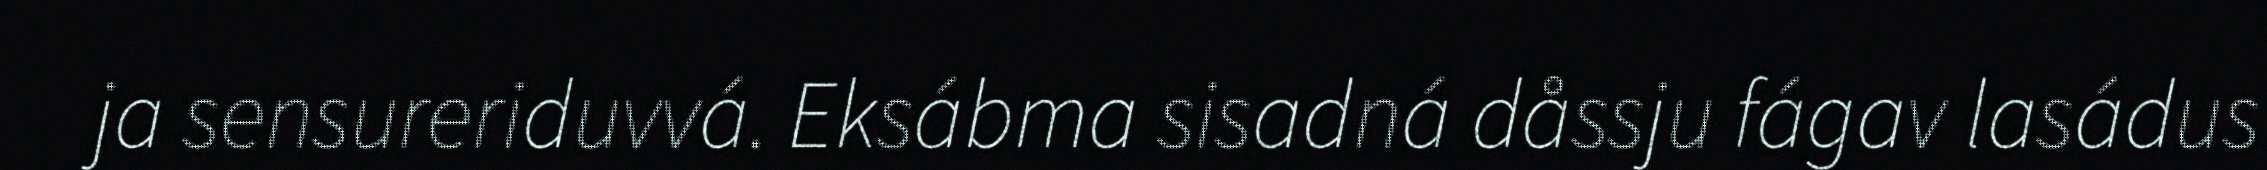
ja sensureriduvvá. Eksábma sisadná dåssju fágav lasádus